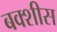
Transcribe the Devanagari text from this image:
बक्शीस